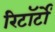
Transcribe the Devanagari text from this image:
रिटॉर्टों